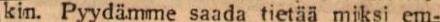
kin. Pyydämme saada tietää miksi em-